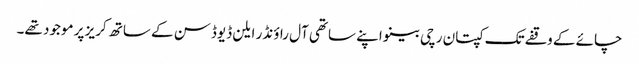
چائے کے وقفے تک کپتان رچی بینو اپنے ساتھی آل راؤنڈر ایلن ڈیوڈسن کے ساتھ کریز پر موجود تھے۔